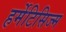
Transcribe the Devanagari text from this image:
हर्मेटिसिज्म